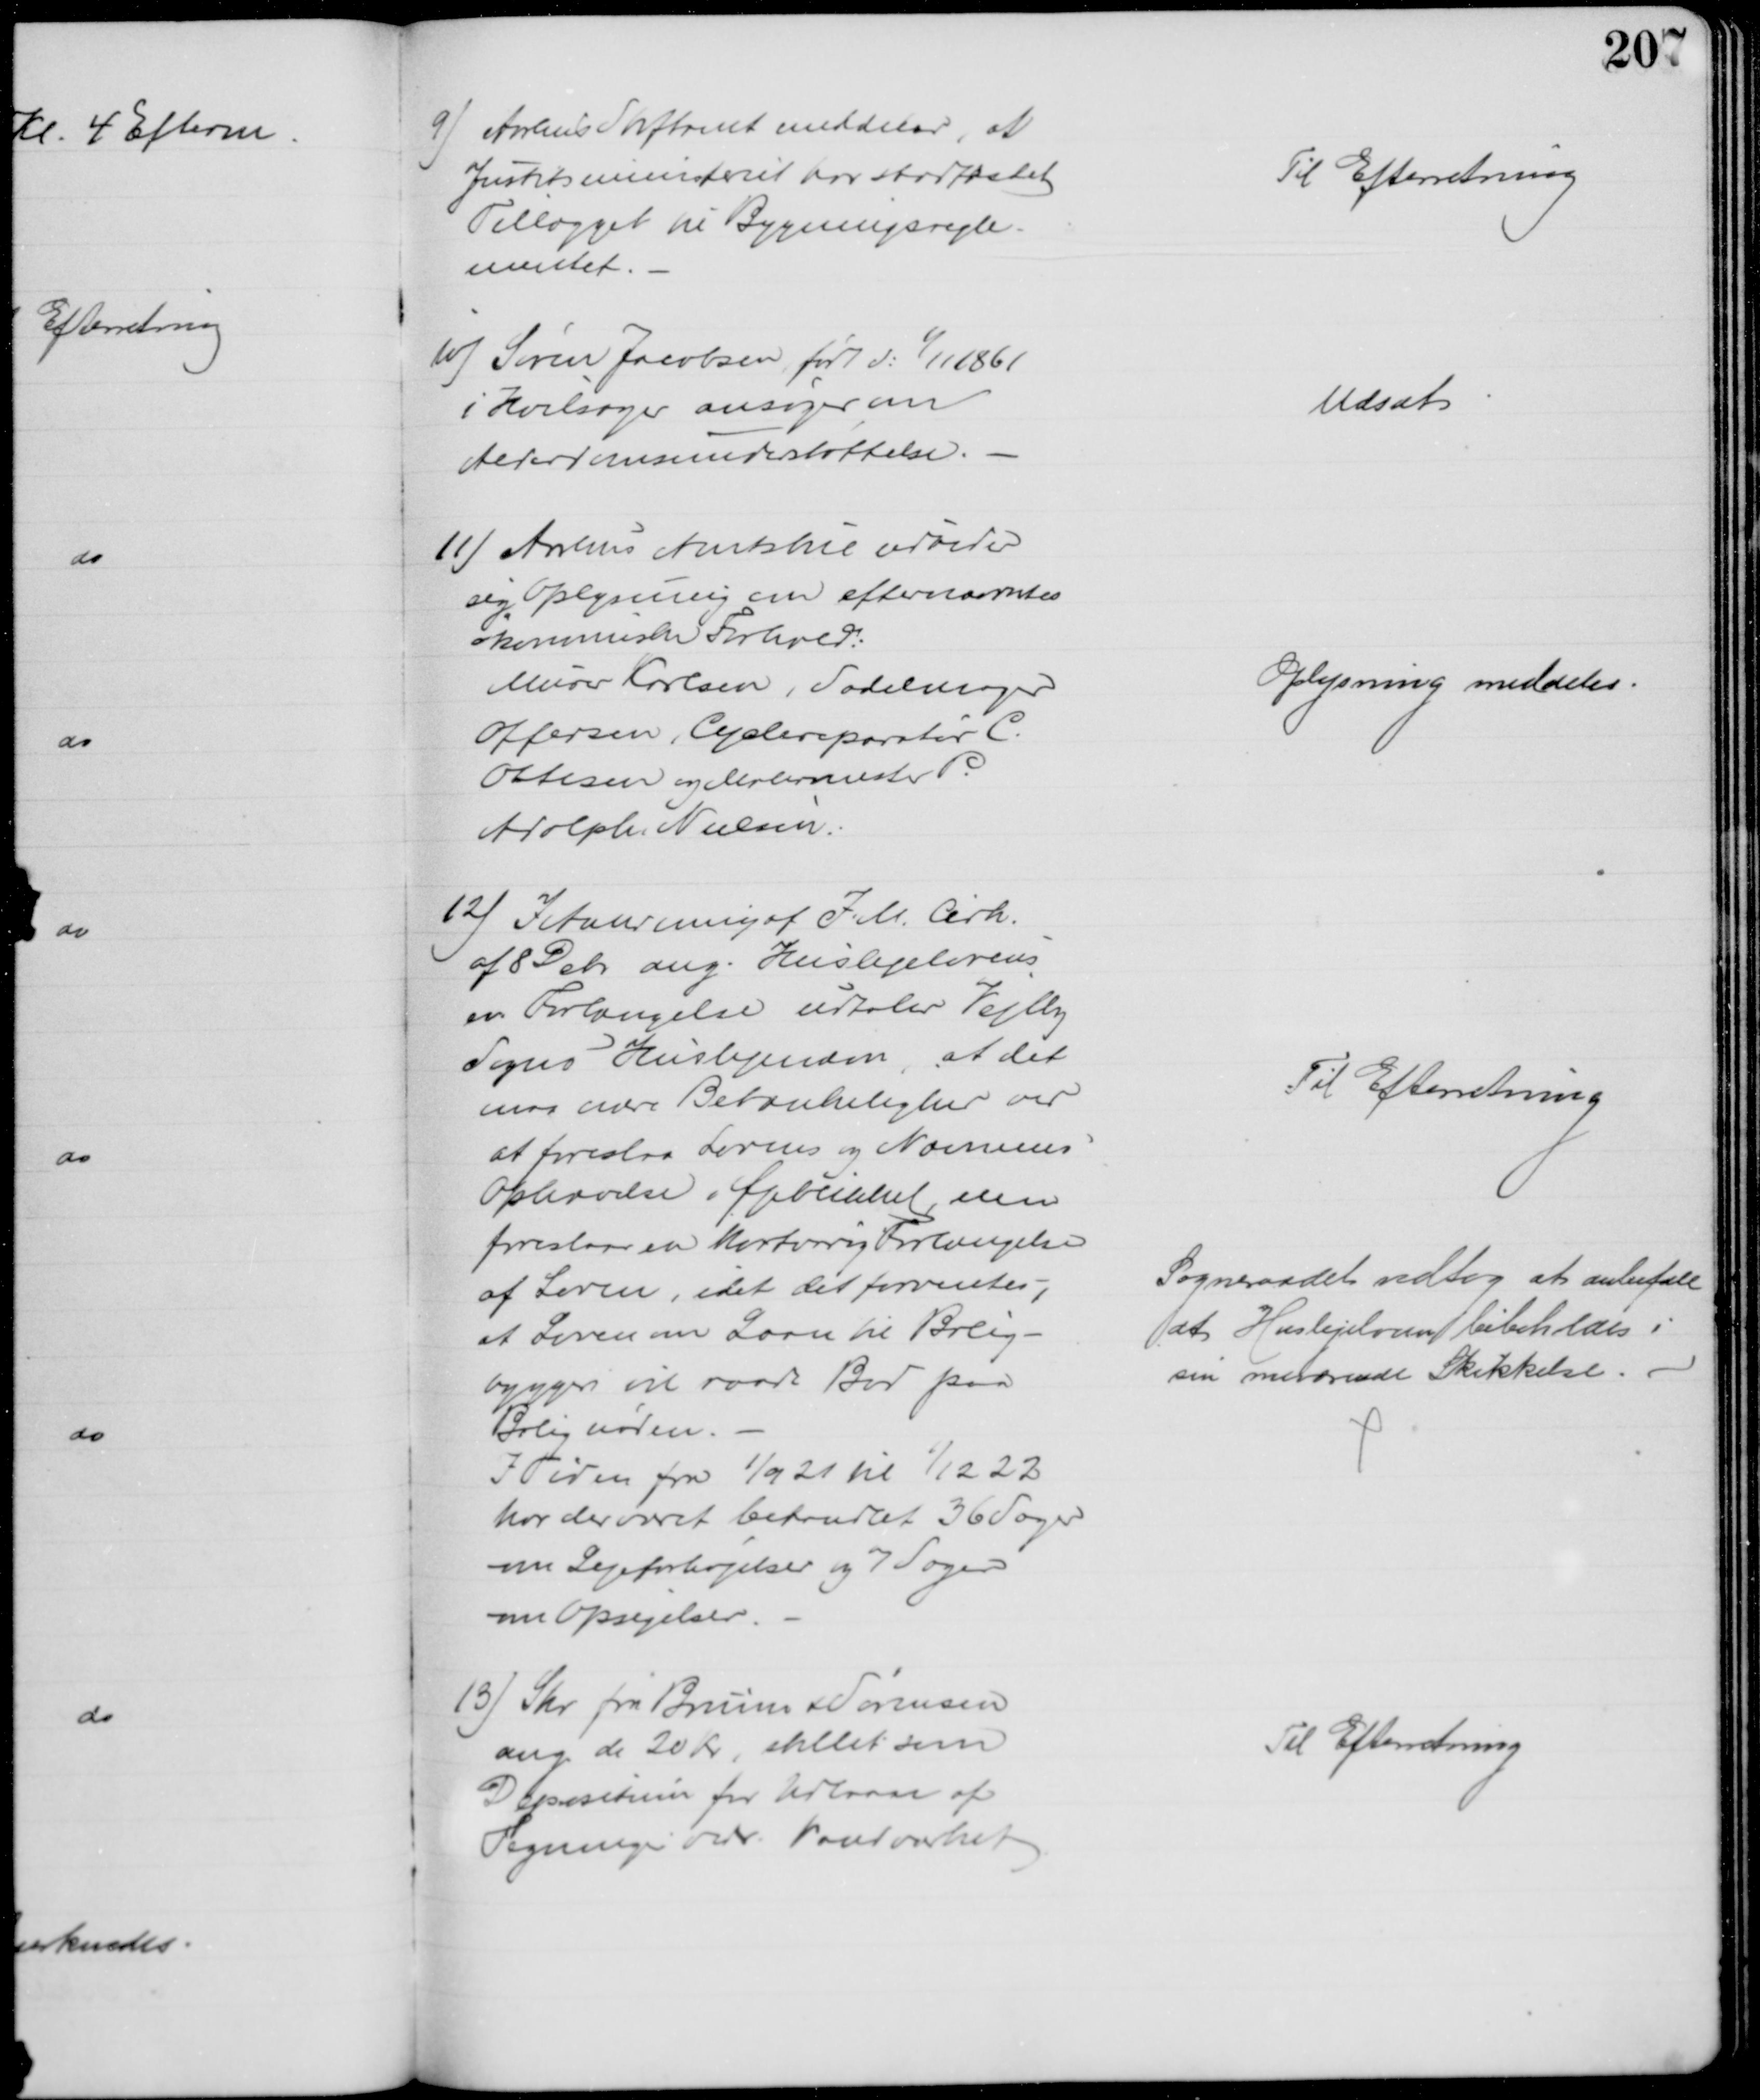
Transskription:
9) Aarhus Stiftamt meddeler, at
Justitsministeriet har stadfæstet
Tillægget til Bygningsregle-
mentet.
Til Efterretning
10) Søren Jacobsen født d: 1/11 1861
i Hvilsager ansøger om
Alderdomsunderstøttelse.
Udsat
11) Aarhus Amtstue udbeder
sig Oplysning om efternævntes
økonomiske Forhold.
Murer Karlsen, Sadelmager
Offersen, Cyclereparatør C.
Ottesen og Malermester P.
Adolph Nielsen
Oplysning meddeles
12) I Anledning af I. M. Cirk.
af 8 Debr. ang. Huslejelovens
ev. Forlængelse udtaler Vejlby
Sogns Huslejenævn, at det 
maa nære Betænkelighed ved 
at foreslaa Lovens og Nævnens
Ophævelse i Øjeblikket, men
foreslaar en kortvarig Forlængelse
af Loven, idet det forventes,
at Loven om Laan til Bolig-
byggeri vil raade Bod paa
Bolignøden.
I Tiden fra 1/9 21 til 1/12 22
har der været behandlet 36 Sager
om Lejeforhøjelser og 7 Sager
om Opsigelser
Til Efterretning
Sogneraadet vedtog at anbefale
at Huslejeloven bibeholdes i
sin nuværende Skikkelse.
13) Skr. fra Bruun & Sørensen
ang. de 20 kr, stillet som
Depositum for Udlaan af
Tegninger vedr. Vandværket
Til Efterretning